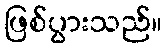
ဖြစ်ပွားသည်။